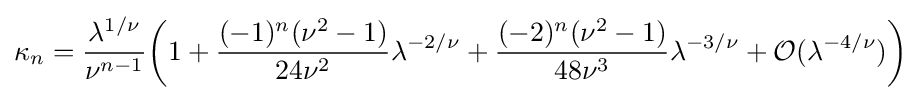
\kappa _{n}={\frac {\lambda ^{1/\nu }}{\nu ^{n-1}}}{\bigg (}1+{\frac {(-1)^{n}(\nu ^{2}-1)}{24\nu ^{2}}}\lambda ^{-2/\nu }+{\frac {(-2)^{n}(\nu ^{2}-1)}{48\nu ^{3}}}\lambda ^{-3/\nu }+{\mathcal {O}}(\lambda ^{-4/\nu }){\bigg )}